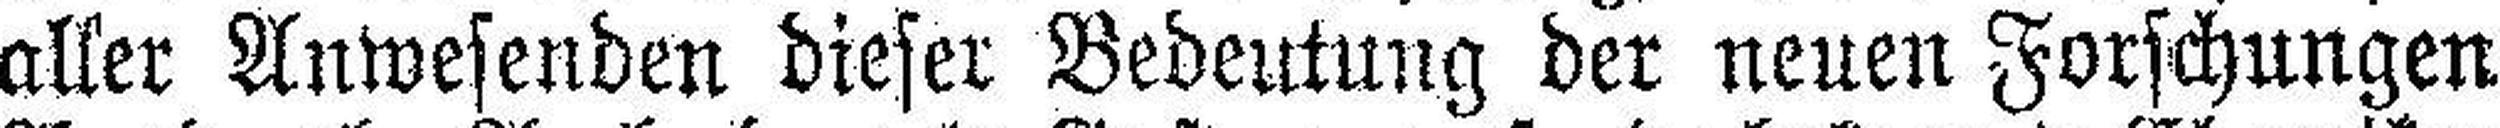
aller Anwesenden dieser Bedeutung der neuen Forschungen